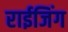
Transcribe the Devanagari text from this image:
राईजिंग